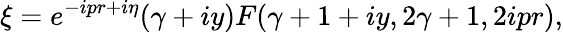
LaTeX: \xi=e^{-ipr+i\eta}(\gamma+iy)F(\gamma+1+iy,2\gamma+1,2ipr),